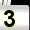
Digit: 3